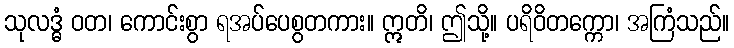
သုလဒ္ဓံ ဝတ၊ ကောင်းစွာ ရအပ်ပေစွတကား။ ဣတိ၊ ဤသို့။ ပရိဝိတက္ကော၊ အကြံသည်။